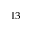
^ { 1 3 }